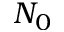
N _ { 0 }